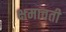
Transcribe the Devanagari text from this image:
क्षमावती